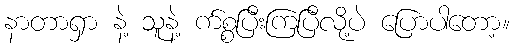
နာတာရှာ နဲ့ သူနဲ့ က်စ္စပြီးကြပြီလို့ပဲ ပြောပါတော့။